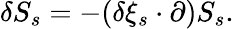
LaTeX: \delta S_{s}=-(\delta\xi_{s}\cdot\partial)S_{s}.